画像に写った文字を読んでください
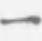
「一」と書いてあります